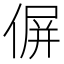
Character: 偋